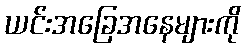
ယင်းအခြေအနေများကို